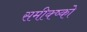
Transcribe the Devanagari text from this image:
समीक्ष्को